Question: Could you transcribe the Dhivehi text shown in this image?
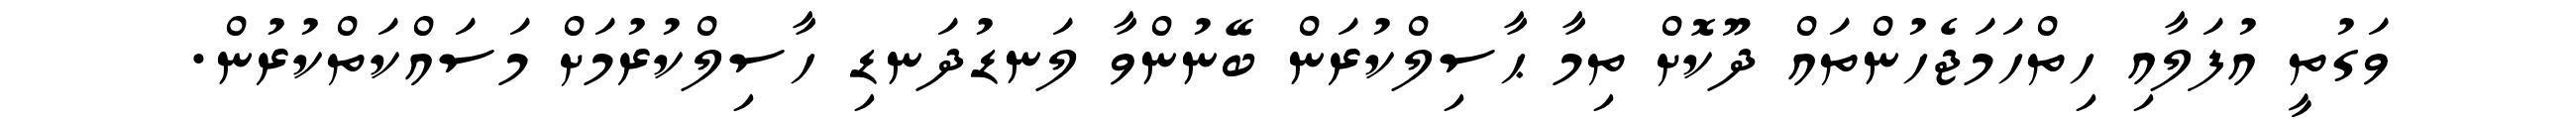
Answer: ވަގުތީ އުފަލާއި ހިތްހަމަޖެހުންތައް ދޫކޮށް ތިމާ ޙާސިލްކުރަން ބޭނުންވާ ލަނޑުދަނޑި ހާސިލްކުރުމަށް މަސައްކަތްކުރުން.